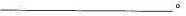
___。